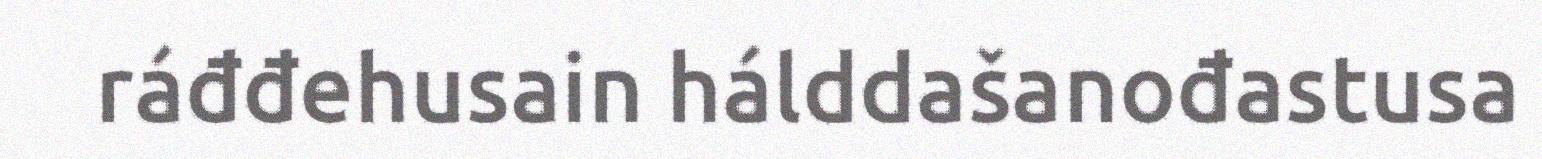
ráđđehusain hálddašanođastusa